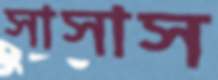
সাসাস